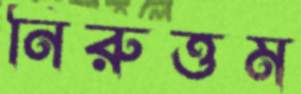
নিরুত্তম